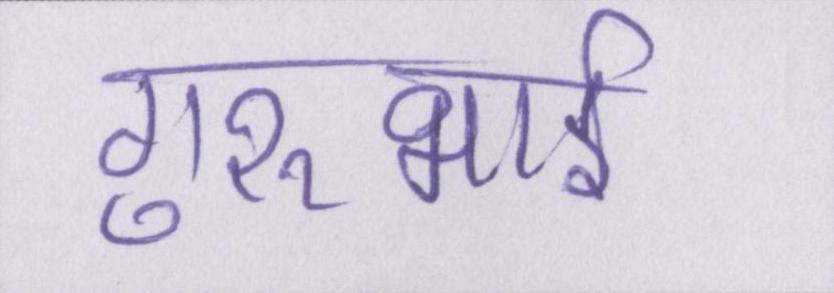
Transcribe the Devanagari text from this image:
गुरुभाई